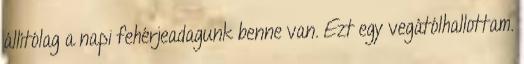
állítólag a napi fehérjeadagunk benne van. Ezt egy vegátólhallottam.